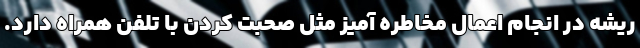
ریشه در انجام اعمال مخاطره آمیز مثل صحبت کردن با تلفن همراه دارد.